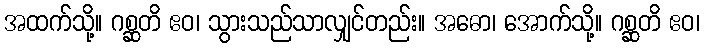
အထက်သို့။ ဂစ္ဆတိ ဧဝ၊ သွားသည်သာလျှင်တည်း။ အဓော၊ အောက်သို့။ ဂစ္ဆတိ ဧဝ၊